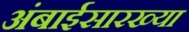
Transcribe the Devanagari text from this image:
अंबाईसारख्या